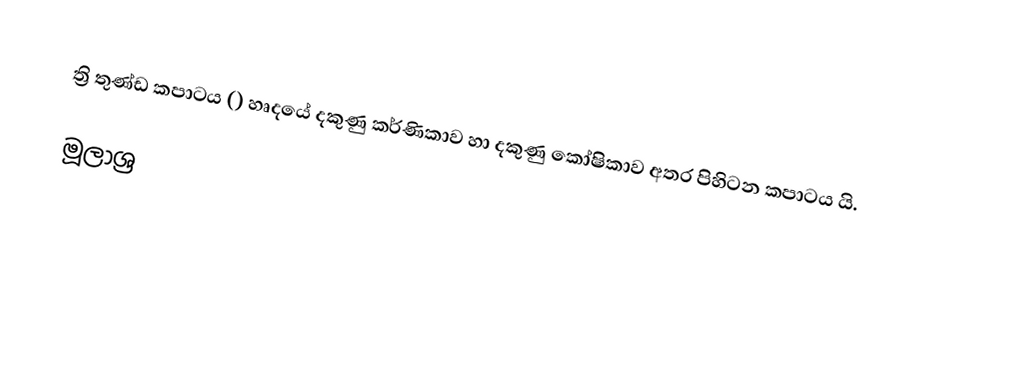
ත්‍රි තුණ්ඩ කපාටය () හෘදයේ දකුණු කර්ණිකාව හා දකුණු කෝෂිකාව අතර පිහිටන කපාටය යි.

මූලාශ්‍ර